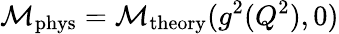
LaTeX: {\cal M}_{\mathrm{phys}}={\cal M}_{\mathrm{theory}}(g^{2}(Q^{2}),0)